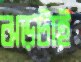
ঝড়টাই